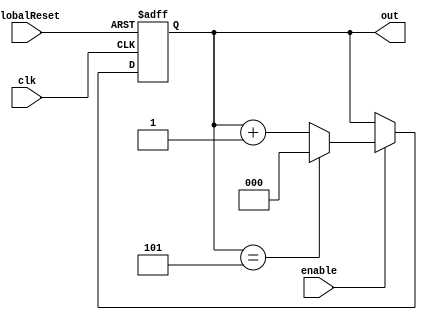
module mod_N_counter ( clk, GlobalReset, enable, out);
	parameter N = 6;
	parameter WL = 3;
	
	input clk;
	input GlobalReset;
	input enable;
	output reg [(WL-1):0] out;
	
	always @ (posedge clk or posedge GlobalReset) begin
		if (GlobalReset) begin
			out <= 0;
		end
		else if (enable) begin
			if (out == N-1) 
				out <= 0;
			else
				out <= out + 1;
		end
		else begin
			out <= out;
		end
	end
endmodule